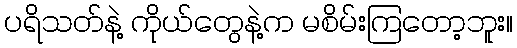
ပရိသတ်နဲ့ ကိုယ်တွေနဲ့က မစိမ်းကြတော့ဘူး။